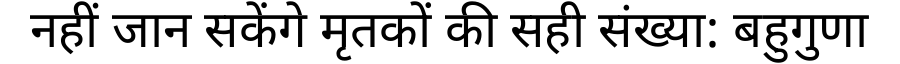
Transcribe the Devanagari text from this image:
नहीं जान सकेंगे मृतकों की सही संख्या: बहुगुणा